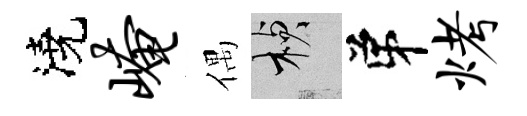
澆崦偶楨弟烤